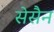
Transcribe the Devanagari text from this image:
सेसैन